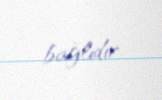
bağlıdır.